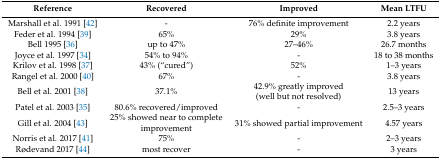
| Reference | Recovered | Improved | Mean LTFU |
 | --- | --- | --- | --- |
 | Marshall et al. 1991 [42] | - | 76% definite improvement | 2.2 years |
 | Feder et al. 1994 [39] | 65% | 29% | 3.8 years |
 | Bell 1995 [36] | up to 47% | 27–46% | 26.7 months |
 | Joyce et al. 1997 [34] | 54% to 94% | - | 18 to 38 months |
 | Krilov et al. 1998 [37] | 43% (“cured”) | 52% | 1–3 years |
 | Rangel et al. 2000 [40] | 67% | - | 3.8 years |
 | Bell et al. 2001 [38] | 37.1% | 42.9% greatly improved (well but not resolved) | 13 years |
 | Patel et al. 2003 [35] | 80.6% recovered/improved | - | 2.5–3 years |
 | Gill et al. 2004 [43] | 25% showed near to complete improvement | 31% showed partial improvement | 4.57 years |
 | Norris et al. 2017 [41] | 75% | - | 2–3 years |
 | Rødevand 2017 [44] | most recover | - | 3 years |